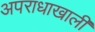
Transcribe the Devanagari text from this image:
अपराधाखाली